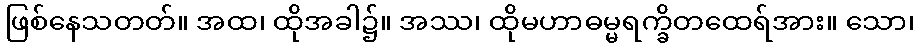
ဖြစ်နေသတတ်။ အထ၊ ထိုအခါ၌။ အဿ၊ ထိုမဟာဓမ္မရက္ခိတထေရ်အား။ သော၊